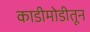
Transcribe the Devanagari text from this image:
काडीमोडीतून